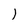
Character: l